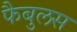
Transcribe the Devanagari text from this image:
फैबुलस